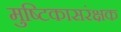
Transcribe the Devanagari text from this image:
मुष्टिकासरंक्षक